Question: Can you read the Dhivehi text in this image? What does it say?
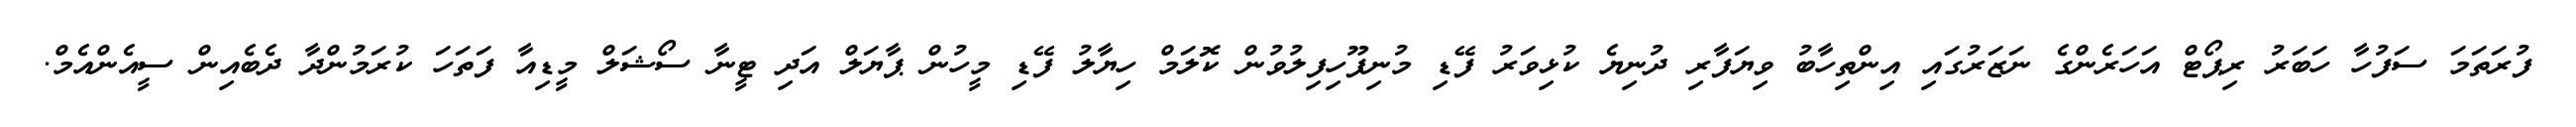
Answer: ފުރަތަމަ ސަފުހާ ހަބަރު ރިޕޯޓް އަހަރެންގެ ނަޒަރުގައި އިންތިހާބު ވިޔަފާރި ދުނިޔެ ކުޅިވަރު ފޭޑި މުނިފޫހިފިލުވުން ކޮލަމް ހިޔާލު ފޭޑި މީހުން ޕާޔަލް އަދި ޓީނާ ސޯޝަލް މީޑިއާ ފަތަހަ ކުރަމުންދާ ދެބެއިން ސީއެންއެމް.